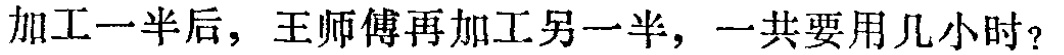
加工一半后，王师傅再加工另一半，一共要用几小时？